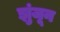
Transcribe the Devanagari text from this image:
झुंजून